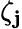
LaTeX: \zeta_{\mathbf{j}}